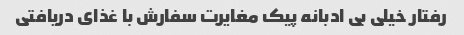
رفتار خیلی بی ادبانه پیک مغایرت سفارش با غذای دریافتی